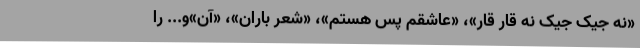
«نه جیک جیک نه قار قار»، «عاشقم پس هستم»، «شعر باران»، «آن»و... را